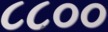
૮૮૦૦